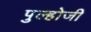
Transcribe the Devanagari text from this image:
पुल्होजी